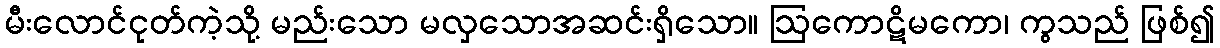
မီးလောင်ငုတ်ကဲ့သို့ မည်းသော မလှသောအဆင်းရှိသော။ ဩကောဋိမကော၊ ကွသည် ဖြစ်၍